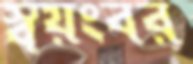
স্বয়ংবর